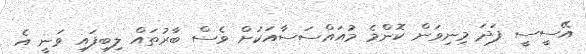
އޭސީސީ ފަދަ މިނިވަން ކޮންމެ މުއައްސަސާއަކަށް ވެސް ބާރުތައް ލިބިފައި ވަނީ އެ